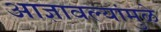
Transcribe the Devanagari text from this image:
आज्ञावल्यांमुळे